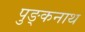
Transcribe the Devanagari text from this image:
पुङ्कनाथ